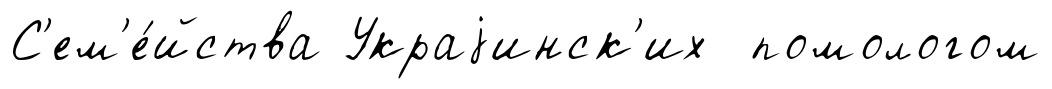
С'ем'е́йства Украjинск'их помологом